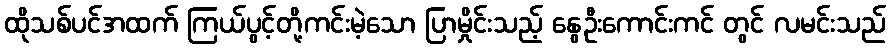
ထိုသစ်ပင်အထက် ကြယ်ပွင့်တို့ကင်းမဲ့သော ပြာမှိုင်းသည့် နွေဦးကောင်းကင် တွင် လမင်းသည်